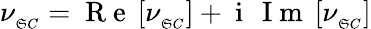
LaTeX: \nu_{_{\mathfrak{S}C}}=\mathrm{{~R~e~}}\left[\nu_{_{\mathfrak{S}C}}\right]+\mathrm{{~i~}}\, \mathrm{{~I~m~}}\left[\nu_{_{\mathfrak{S}C}}\right]